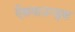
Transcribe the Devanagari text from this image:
ऐशमाउन्ड्स